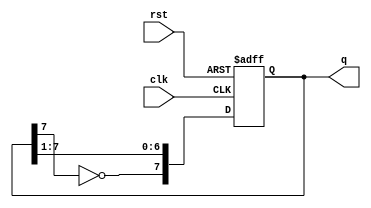
module johnson_counter (
    input wire clk,      // Clock signal
    input wire rst,      // Asynchronous reset
    output reg [7:0] q   // 8-bit output for the counter
);

    // Sequential logic for the Johnson counter
    always @(posedge clk or posedge rst) begin
        if (rst) begin
            q <= 8'b00000000; // Reset to initial state
        end else begin
            // Shift and feedback logic
            q <= {~q[7], q[7:1]}; // Invert Q7 and shift left
        end
    end

endmodule